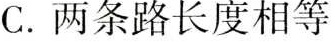
C. 两条路长度相等